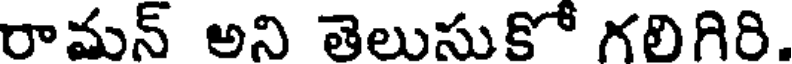
రామన్ అని తెలుసుకో గలిగిరి.